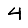
Digit: 4